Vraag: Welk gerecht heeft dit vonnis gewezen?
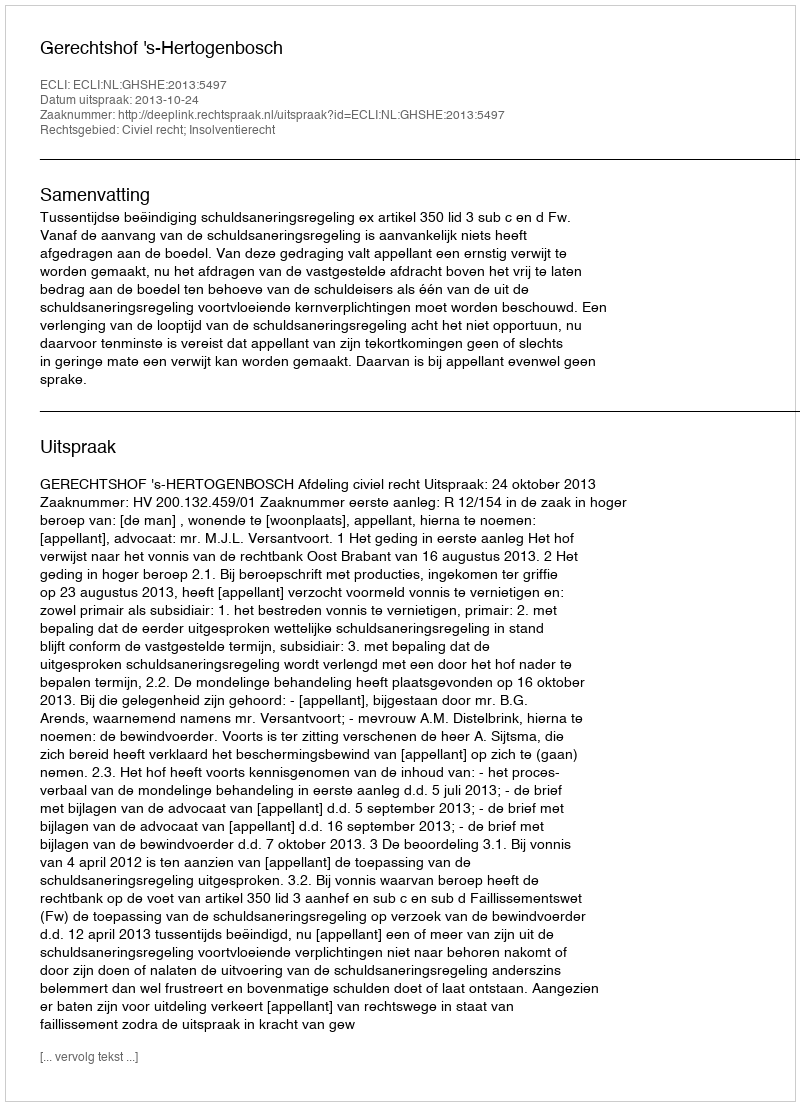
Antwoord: Gerechtshof 's-Hertogenbosch